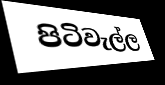
පිටිවැල්ල